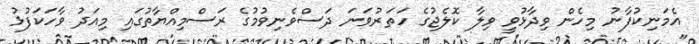
އެމަނިކުފާނު މިހެން ވިދާޅުވީ ވިލާ ކޮލެޖުގެ ހަތަރުވަނަ ދަސްވެނިވުމުގެ ރަސްމިއްޔާތުގައި މިއަދު ވާހަކަފުޅު